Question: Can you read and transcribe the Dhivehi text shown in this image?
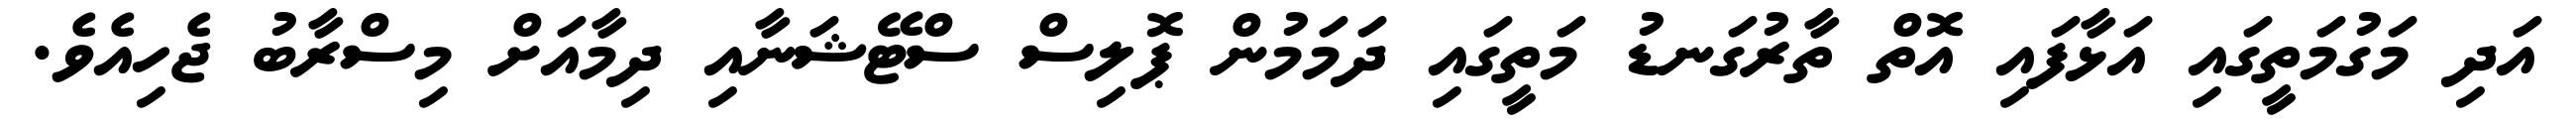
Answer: އަދި މަގުމަތީގައި އަޅާފައި އޮތް ތާރުގަނޑު މަތީގައި ދަމަމުން ޕޮލިސް ސްޓޭޝަނާއި ދިމާއަށް މިސްރާބު ޖެހިއެވެ.